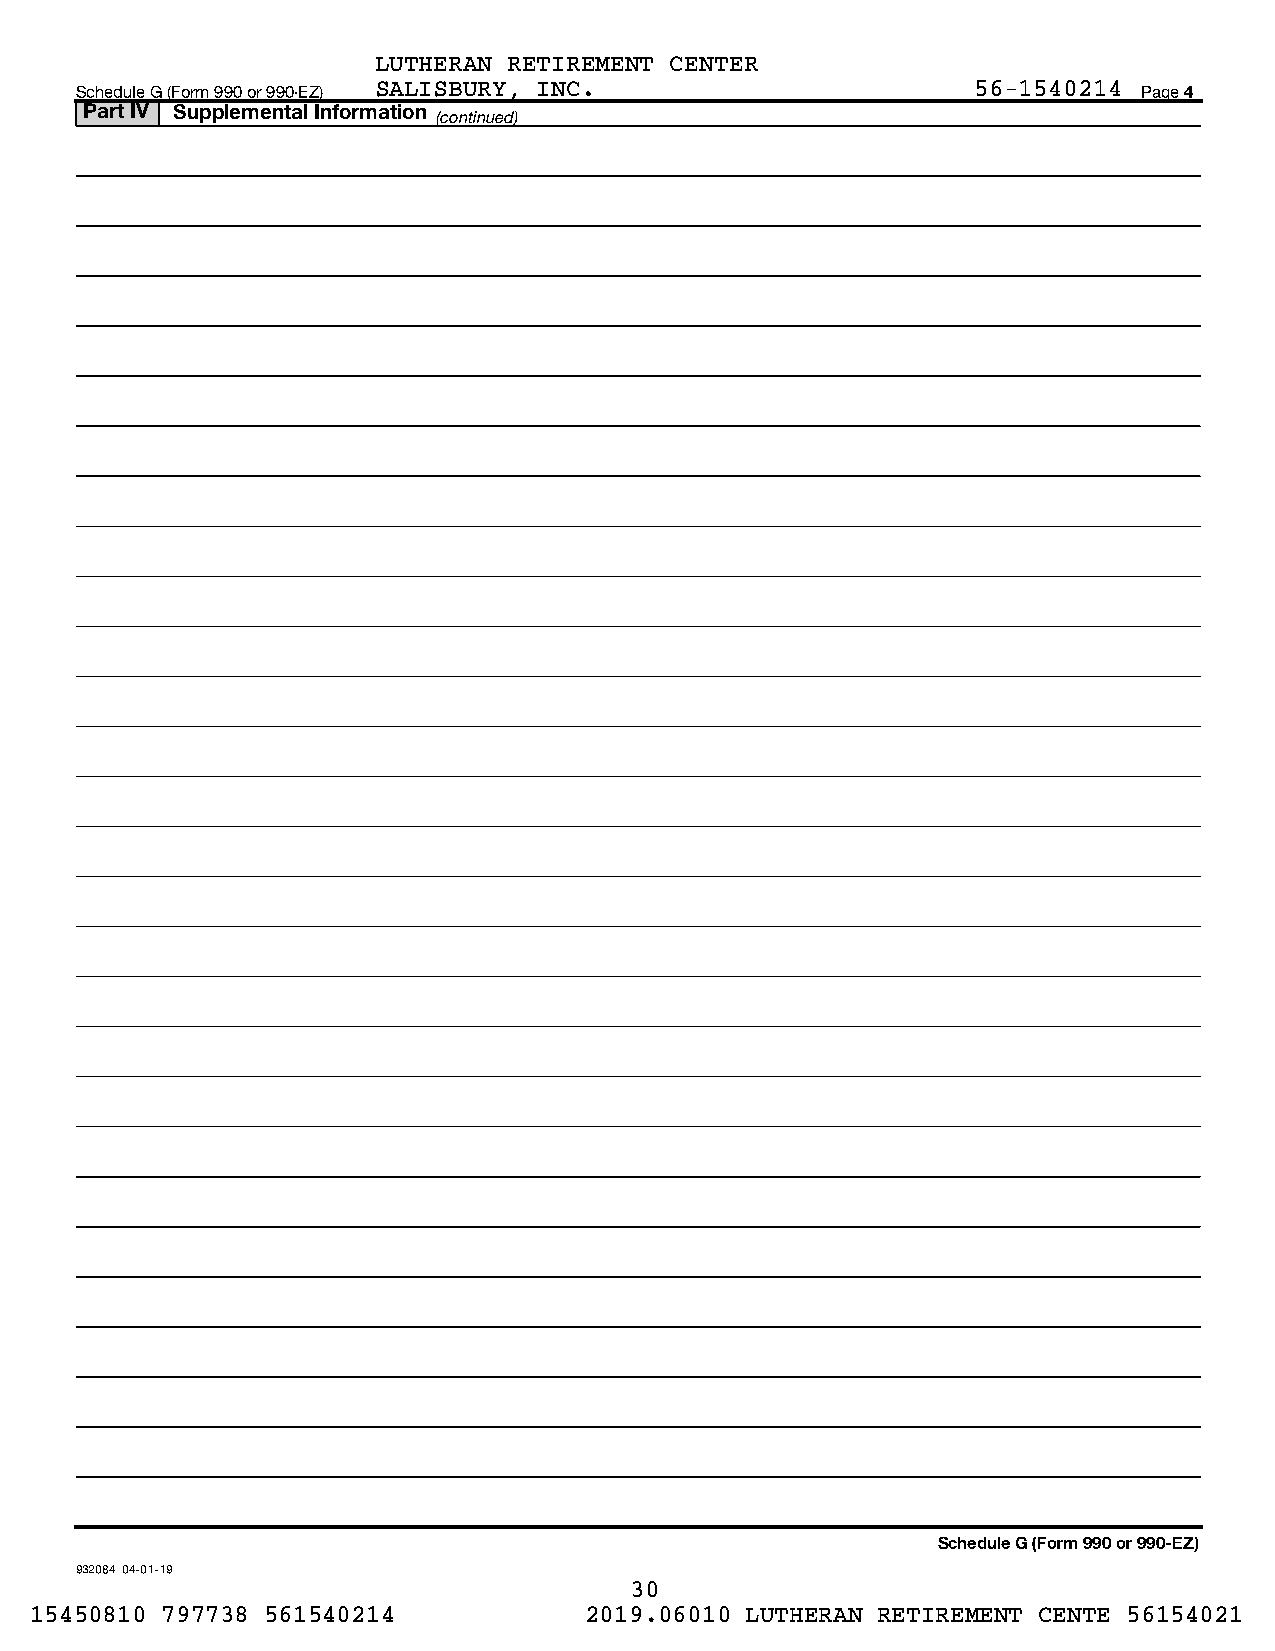
LUTHERAN RETIREMENT CENTER
 Schedule G (Form 990 or 990-EZ) SALISBURY, INC.             56-1540214 Page 4
 Part IV Supplemental Information
 (continued)
 Schedule G (Form 990 or 990-EZ)
 932084 04-01-19
 30
 15450810 797738 561540214            2019.06010 LUTHERAN RETIREMENT CENTE 56154021